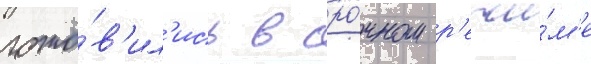
гото́в'ил'ись в сро́чном р'ежи́м'е